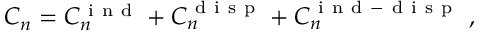
C _ { n } = C _ { n } ^ { \mathrm { ~ i ~ n ~ d ~ } } + C _ { n } ^ { \mathrm { ~ d ~ i ~ s ~ p ~ } } + C _ { n } ^ { \mathrm { ~ i ~ n ~ d ~ - ~ d ~ i ~ s ~ p ~ } } \ ,